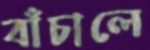
বাঁচালে